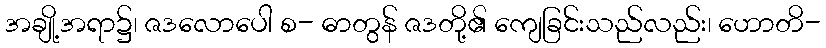
အချို့အရာ၌၊ ဇဒလောပေါ စ- ဓာတွန် ဇဒတို့၏ ကျေခြင်းသည်လည်း၊ ဟောတိ-